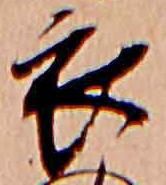
衣